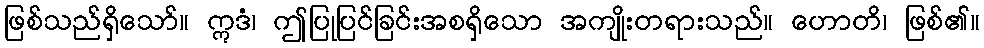
ဖြစ်သည်ရှိသော်။ ဣဒံ၊ ဤပြုပြင်ခြင်းအစရှိသော အကျိုးတရားသည်။ ဟောတိ၊ ဖြစ်၏။